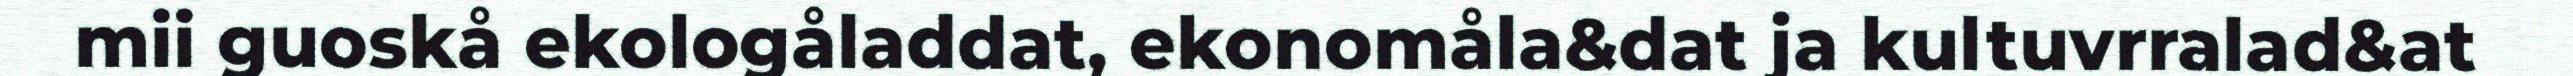
mii guoskå ekologåladdat, ekonomåla&dat ja kultuvrralad&at